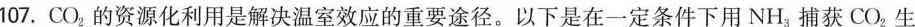
107.CO_{2}的资源化利用是解决温室效应的重要途径。以下是在一定条件下用NH_{3}捕获CO_{2}生